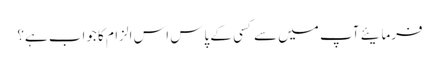
فرمایئے آپ میں سے کسی کے پاس اس الزام کا جواب ہے؟